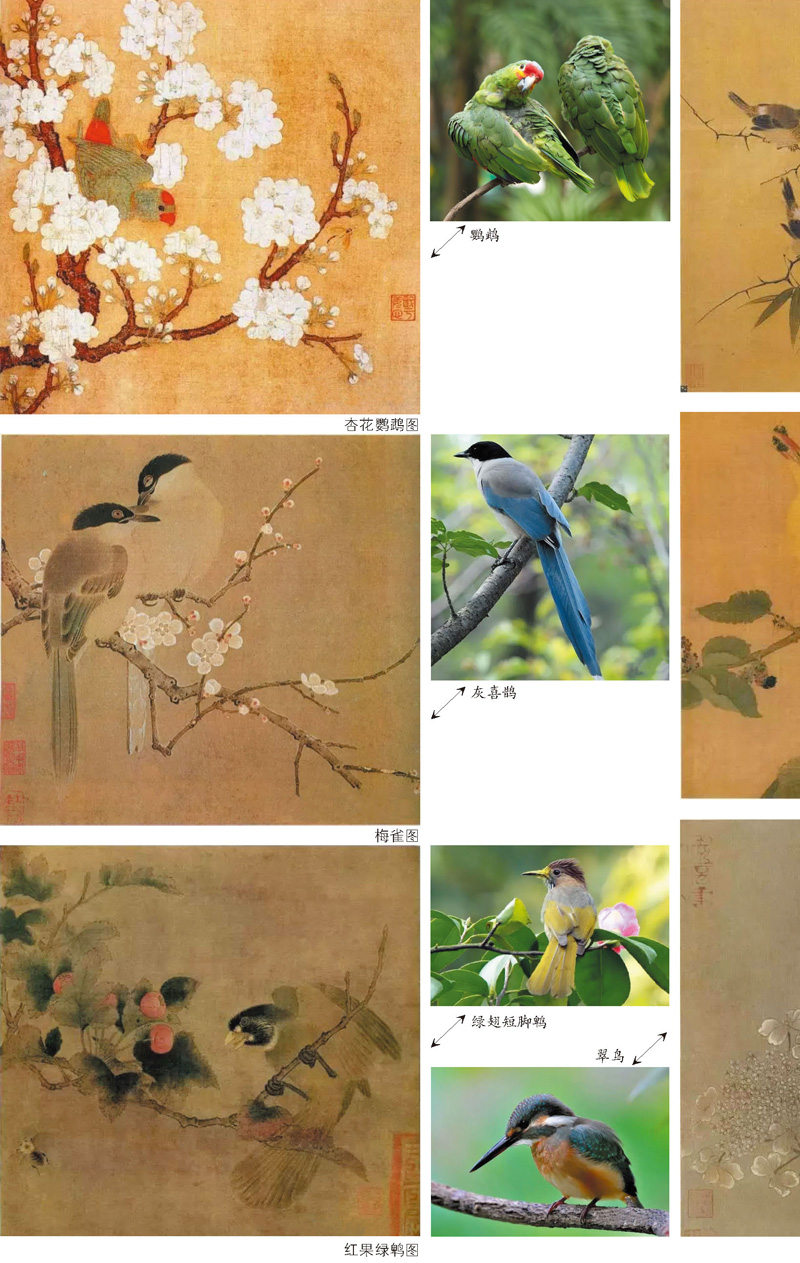
翠叶藏莺，朱帘隔燕。